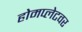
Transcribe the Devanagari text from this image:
होमप्लेटवर